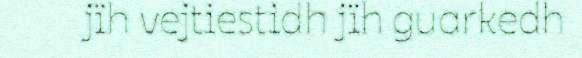
jïh vejtiestidh jïh guarkedh